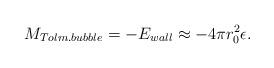
LaTeX: \begin{align*}M_{Tolm. bubble} = - E_{wall} \approx -4\pi r_0 ^2 \epsilon.\end{align*}